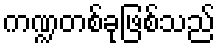
ကဏ္ဍတစ်ခုဖြစ်သည်